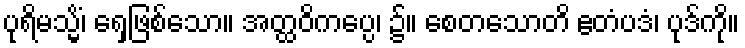
ပုရိမသ္မိံ၊ ရှေ့ဖြစ်သော။ အတ္ထဝိကပ္ပေ၊ ၌။ စေတသောတိ ဧတံပဒံ၊ ပုဒ်ကို။